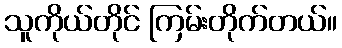
သူကိုယ်တိုင် ကြမ်းတိုက်တယ်။